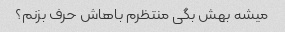
میشه بهش بگی منتظرم باهاش ​​حرف بزنم؟